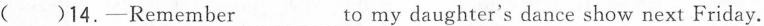
( )14.-Remember_ to my daughter's dance show next Friday.